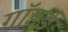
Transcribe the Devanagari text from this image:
गॉडर्ड